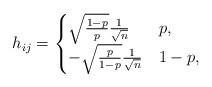
LaTeX: \begin{align*}h_{ij}=\begin{cases}\sqrt{\frac{1-p}{p}}\frac{1}{\sqrt{n}} & p,\\-\sqrt{\frac{p}{1-p}}\frac{1}{\sqrt{n}} & 1-p,\end{cases}\end{align*}